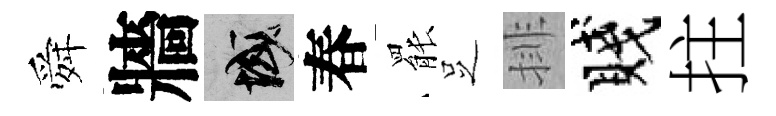
舜牆域春罷𠯁排賤拄